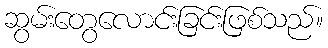
ဆွမ်းတွေလောင်းခြင်းဖြစ်သည်။